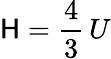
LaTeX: \mathsf{H}={\frac{{4}}{{3}}}\, U